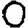
Digit: 0